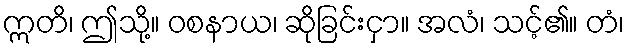
ဣတိ၊ ဤသို့။ ဝစနာယ၊ ဆိုခြင်းငှာ။ အလံ၊ သင့်၏။ တံ၊